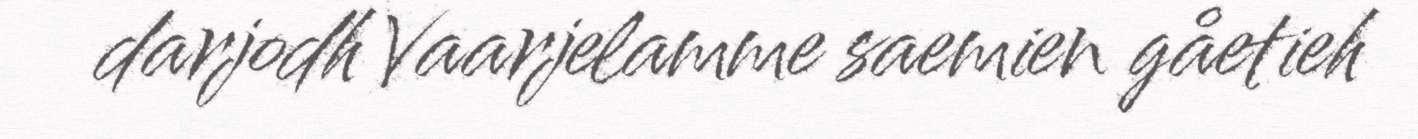
darjodh Vaarjelamme saemien gåetieh